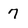
Character: 7